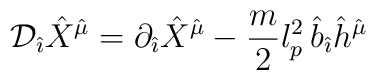
{\cal D}_{\hat \imath}{\hat X}^{\hat \mu}=\partial_{\hat \imath}{\hat X}^{\hat \mu}-\frac{m}{2} l_p^2 \,{\hat b}_{\hat \imath}{\hat h}^{\hat \mu}